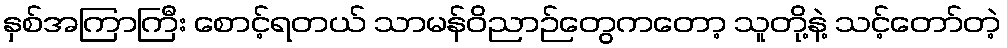
နှစ်အကြာကြီး စောင့်ရတယ် သာမန်ဝိညာဉ်တွေကတော့ သူတို့နဲ့ သင့်တော်တဲ့